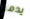
يدمر